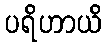
ပရိဟာယိ